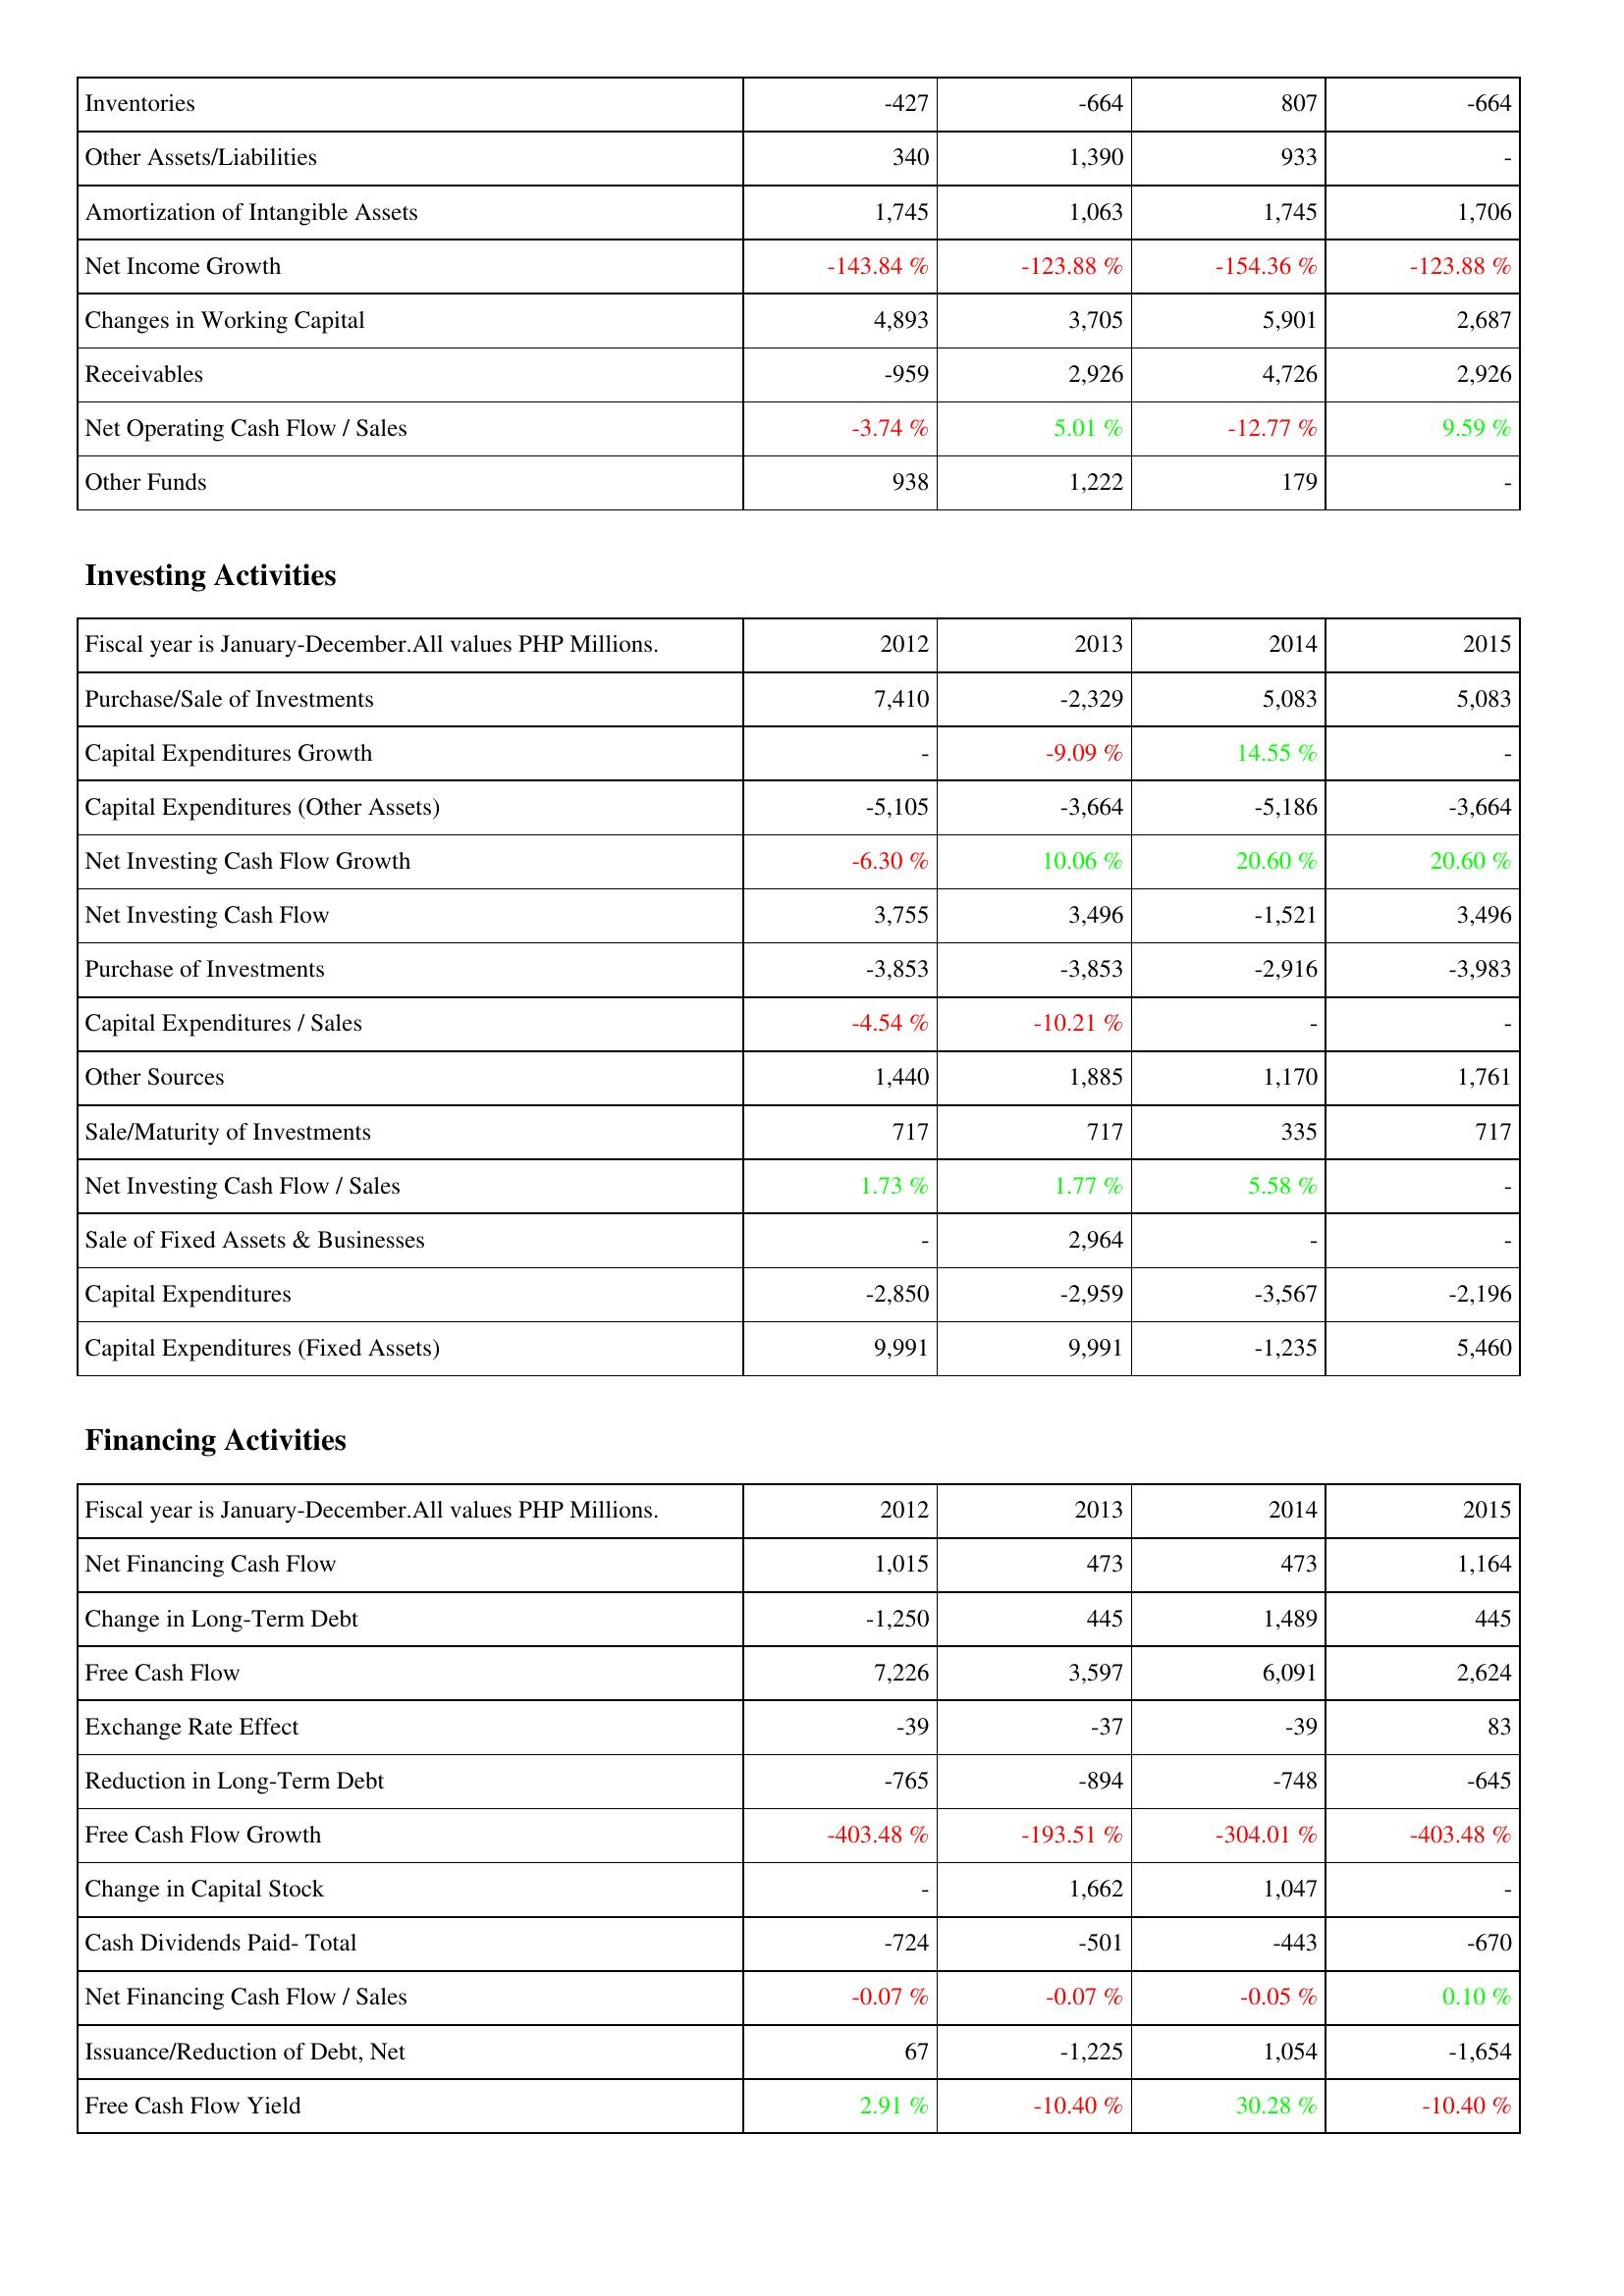
2012: Operating Activities: Inventories: -427
Other Assets/Liabilities: 340
Amortization of Intangible Assets: 1,745
Net Income Growth: -143.84 %
Changes in Working Capital: 4,893
Receivables: -959
Net Operating Cash Flow / Sales: -3.74 %
Other Funds: 938
Investing Activities: Purchase/Sale of Investments: 7,410
Capital Expenditures Growth: -
Capital Expenditures (Other Assets): -5,105
Net Investing Cash Flow Growth: -6.30 %
Net Investing Cash Flow: 3,755
Purchase of Investments: -3,853
Capital Expenditures / Sales: -4.54 %
Other Sources: 1,440
Sale/Maturity of Investments: 717
Net Investing Cash Flow / Sales: 1.73 %
Sale of Fixed Assets & Businesses: -
Capital Expenditures: -2,850
Capital Expenditures (Fixed Assets): 9,991
Financing Activities: Net Financing Cash Flow: 1,015
Change in Long-Term Debt: -1,250
Free Cash Flow: 7,226
Exchange Rate Effect: -39
Reduction in Long-Term Debt: -765
Free Cash Flow Growth: -403.48 %
Change in Capital Stock: -
Cash Dividends Paid- Total: -724
Net Financing Cash Flow / Sales: -0.07 %
Issuance/Reduction of Debt, Net: 67
Free Cash Flow Yield: 2.91 %
2013: Operating Activities: Inventories: -664
Other Assets/Liabilities: 1,390
Amortization of Intangible Assets: 1,063
Net Income Growth: -123.88 %
Changes in Working Capital: 3,705
Receivables: 2,926
Net Operating Cash Flow / Sales: 5.01 %
Other Funds: 1,222
Investing Activities: Purchase/Sale of Investments: -2,329
Capital Expenditures Growth: -9.09 %
Capital Expenditures (Other Assets): -3,664
Net Investing Cash Flow Growth: 10.06 %
Net Investing Cash Flow: 3,496
Purchase of Investments: -3,853
Capital Expenditures / Sales: -10.21 %
Other Sources: 1,885
Sale/Maturity of Investments: 717
Net Investing Cash Flow / Sales: 1.77 %
Sale of Fixed Assets & Businesses: 2,964
Capital Expenditures: -2,959
Capital Expenditures (Fixed Assets): 9,991
Financing Activities: Net Financing Cash Flow: 473
Change in Long-Term Debt: 445
Free Cash Flow: 3,597
Exchange Rate Effect: -37
Reduction in Long-Term Debt: -894
Free Cash Flow Growth: -193.51 %
Change in Capital Stock: 1,662
Cash Dividends Paid- Total: -501
Net Financing Cash Flow / Sales: -0.07 %
Issuance/Reduction of Debt, Net: -1,225
Free Cash Flow Yield: -10.40 %
2014: Operating Activities: Inventories: 807
Other Assets/Liabilities: 933
Amortization of Intangible Assets: 1,745
Net Income Growth: -154.36 %
Changes in Working Capital: 5,901
Receivables: 4,726
Net Operating Cash Flow / Sales: -12.77 %
Other Funds: 179
Investing Activities: Purchase/Sale of Investments: 5,083
Capital Expenditures Growth: 14.55 %
Capital Expenditures (Other Assets): -5,186
Net Investing Cash Flow Growth: 20.60 %
Net Investing Cash Flow: -1,521
Purchase of Investments: -2,916
Capital Expenditures / Sales: -
Other Sources: 1,170
Sale/Maturity of Investments: 335
Net Investing Cash Flow / Sales: 5.58 %
Sale of Fixed Assets & Businesses: -
Capital Expenditures: -3,567
Capital Expenditures (Fixed Assets): -1,235
Financing Activities: Net Financing Cash Flow: 473
Change in Long-Term Debt: 1,489
Free Cash Flow: 6,091
Exchange Rate Effect: -39
Reduction in Long-Term Debt: -748
Free Cash Flow Growth: -304.01 %
Change in Capital Stock: 1,047
Cash Dividends Paid- Total: -443
Net Financing Cash Flow / Sales: -0.05 %
Issuance/Reduction of Debt, Net: 1,054
Free Cash Flow Yield: 30.28 %
2015: Operating Activities: Inventories: -664
Other Assets/Liabilities: -
Amortization of Intangible Assets: 1,706
Net Income Growth: -123.88 %
Changes in Working Capital: 2,687
Receivables: 2,926
Net Operating Cash Flow / Sales: 9.59 %
Other Funds: -
Investing Activities: Purchase/Sale of Investments: 5,083
Capital Expenditures Growth: -
Capital Expenditures (Other Assets): -3,664
Net Investing Cash Flow Growth: 20.60 %
Net Investing Cash Flow: 3,496
Purchase of Investments: -3,983
Capital Expenditures / Sales: -
Other Sources: 1,761
Sale/Maturity of Investments: 717
Net Investing Cash Flow / Sales: -
Sale of Fixed Assets & Businesses: -
Capital Expenditures: -2,196
Capital Expenditures (Fixed Assets): 5,460
Financing Activities: Net Financing Cash Flow: 1,164
Change in Long-Term Debt: 445
Free Cash Flow: 2,624
Exchange Rate Effect: 83
Reduction in Long-Term Debt: -645
Free Cash Flow Growth: -403.48 %
Change in Capital Stock: -
Cash Dividends Paid- Total: -670
Net Financing Cash Flow / Sales: 0.10 %
Issuance/Reduction of Debt, Net: -1,654
Free Cash Flow Yield: -10.40 %